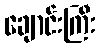
ချောင်းကြီး